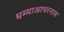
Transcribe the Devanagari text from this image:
धम्माआचरनास